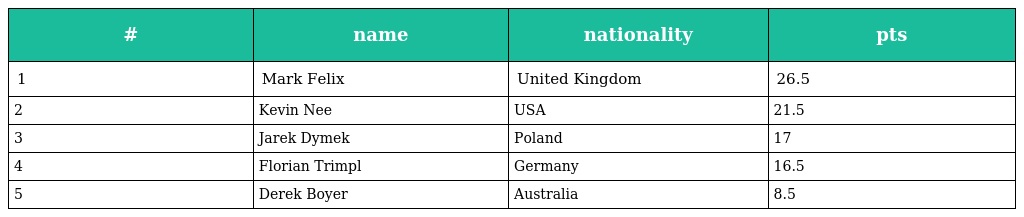
| # | name | nationality | pts |
 | --- | --- | --- | --- |
 | 1 | Mark Felix | United Kingdom | 26.5 |
 | 2 | Kevin Nee | USA | 21.5 |
 | 3 | Jarek Dymek | Poland | 17 |
 | 4 | Florian Trimpl | Germany | 16.5 |
 | 5 | Derek Boyer | Australia | 8.5 |